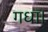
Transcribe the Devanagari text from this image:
गधा।